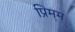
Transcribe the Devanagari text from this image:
प्रिमम